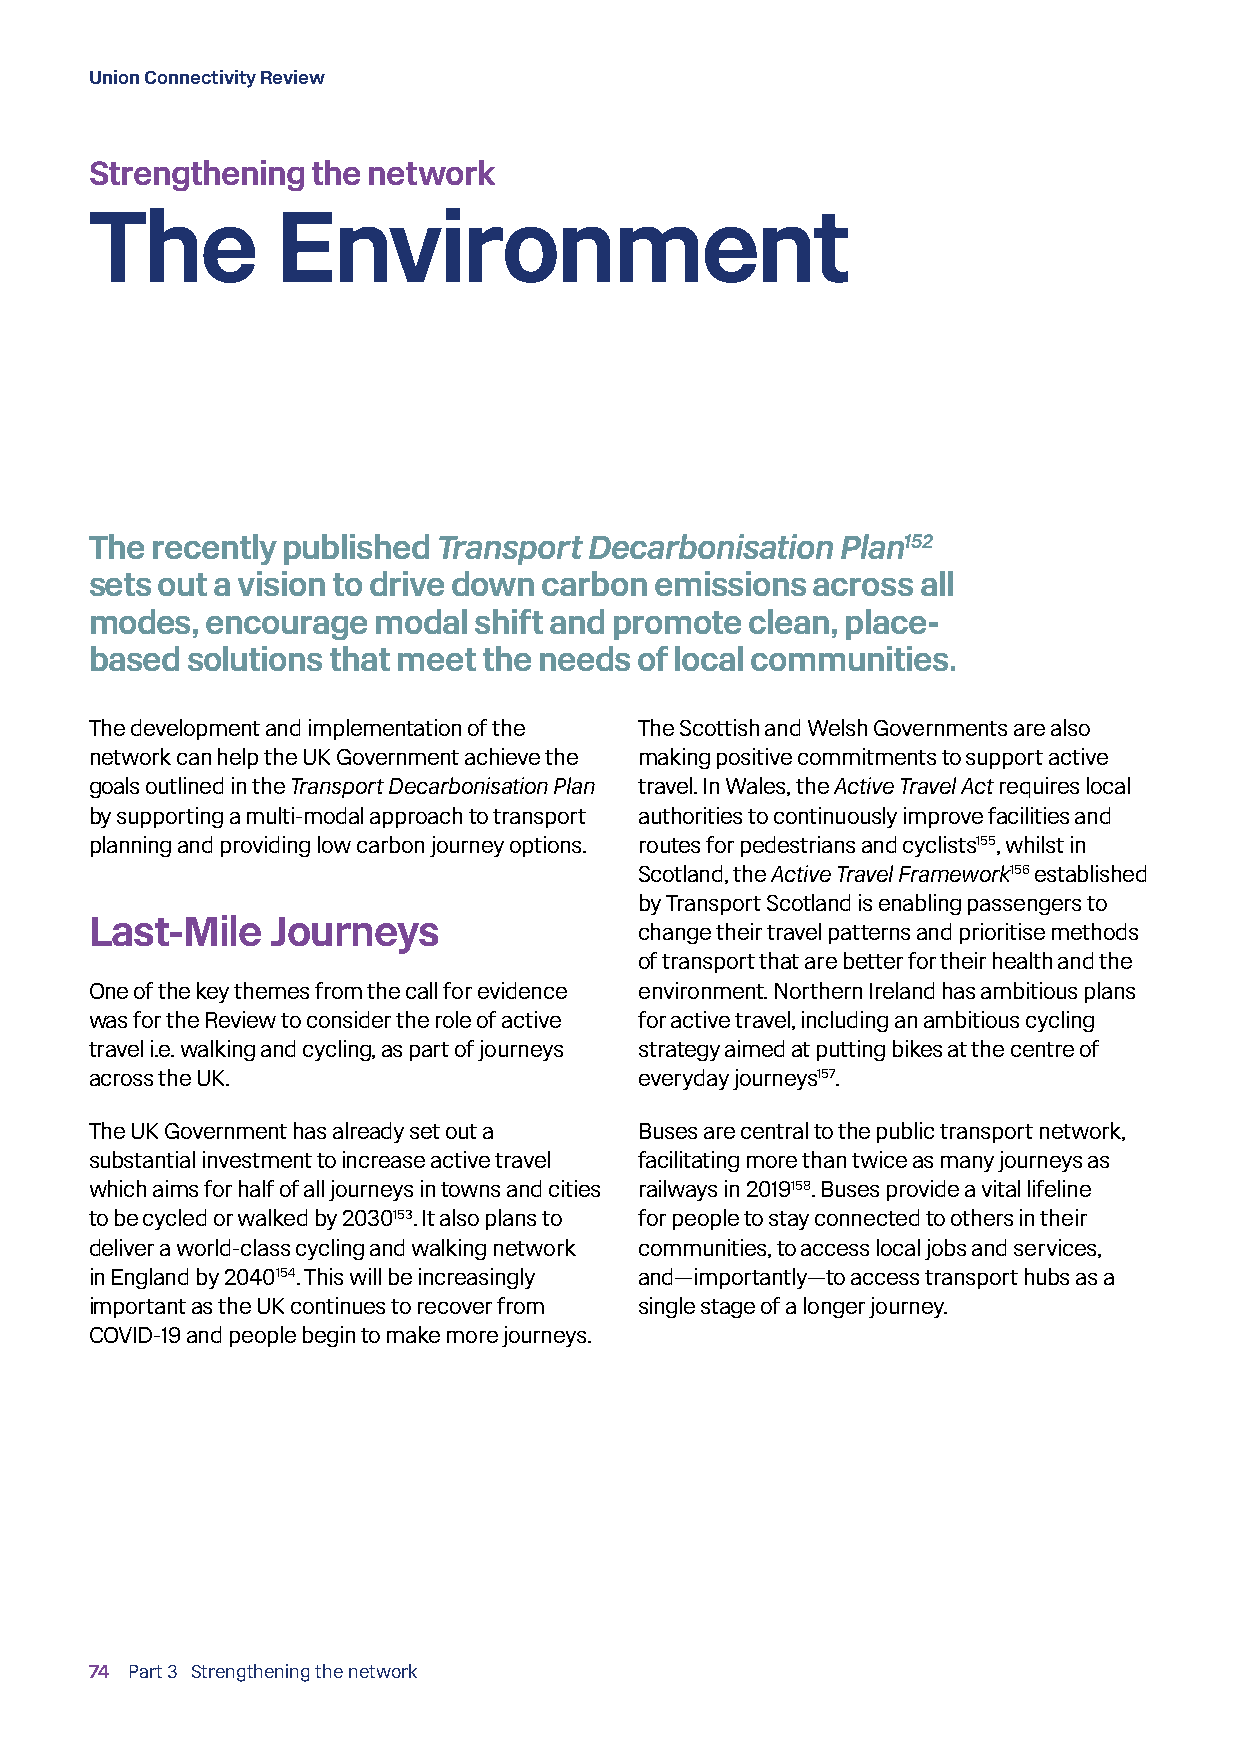
Union Connectivity Review
 Strengthening  the network
 The         Environment
 The recently published Transport Decarbonisation  Plan152
 sets out a vision to drive down carbon emissions across all
 modes,  encourage  modal shift and promote  clean, place-
 based solutions that meet the needs of local communities.
 The development and implementation of the The Scottish and Welsh Governments are also
 network can help the UK Government achieve the making positive commitments to support active
 goals outlined in the Transport Decarbonisation Plan travel. In Wales, the Active Travel Act requires local
 by supporting a multi-modal approach to transport authorities to continuously improve facilities and
 planning and providing low carbon journey options. routes for pedestrians and cyclists155, whilst in
 Scotland, the Active Travel Framework156 established
 by Transport Scotland is enabling passengers to
 Last-Mile   Journeys
 change their travel patterns and prioritise methods
 of transport that are better for their health and the
 One of the key themes from the call for evidence environment. Northern Ireland has ambitious plans
 was for the Review to consider the role of active for active travel, including an ambitious cycling
 travel i.e. walking and cycling, as part of journeys strategy aimed at putting bikes at the centre of
 across the UK.                      everyday journeys157.
 The UK Government has already set out a Buses are central to the public transport network,
 substantial investment to increase active travel facilitating more than twice as many journeys as
 which aims for half of all journeys in towns and cities railways in 2019158. Buses provide a vital lifeline
 to be cycled or walked by 2030153. It also plans to for people to stay connected to others in their
 deliver a world-class cycling and walking network communities, to access local jobs and services,
 in England by 2040154. This will be increasingly and—importantly—to access transport hubs as a
 important as the UK continues to recover from single stage of a longer journey.
 COVID-19 and people begin to make more journeys.
 74 Part 3 Strengthening the network